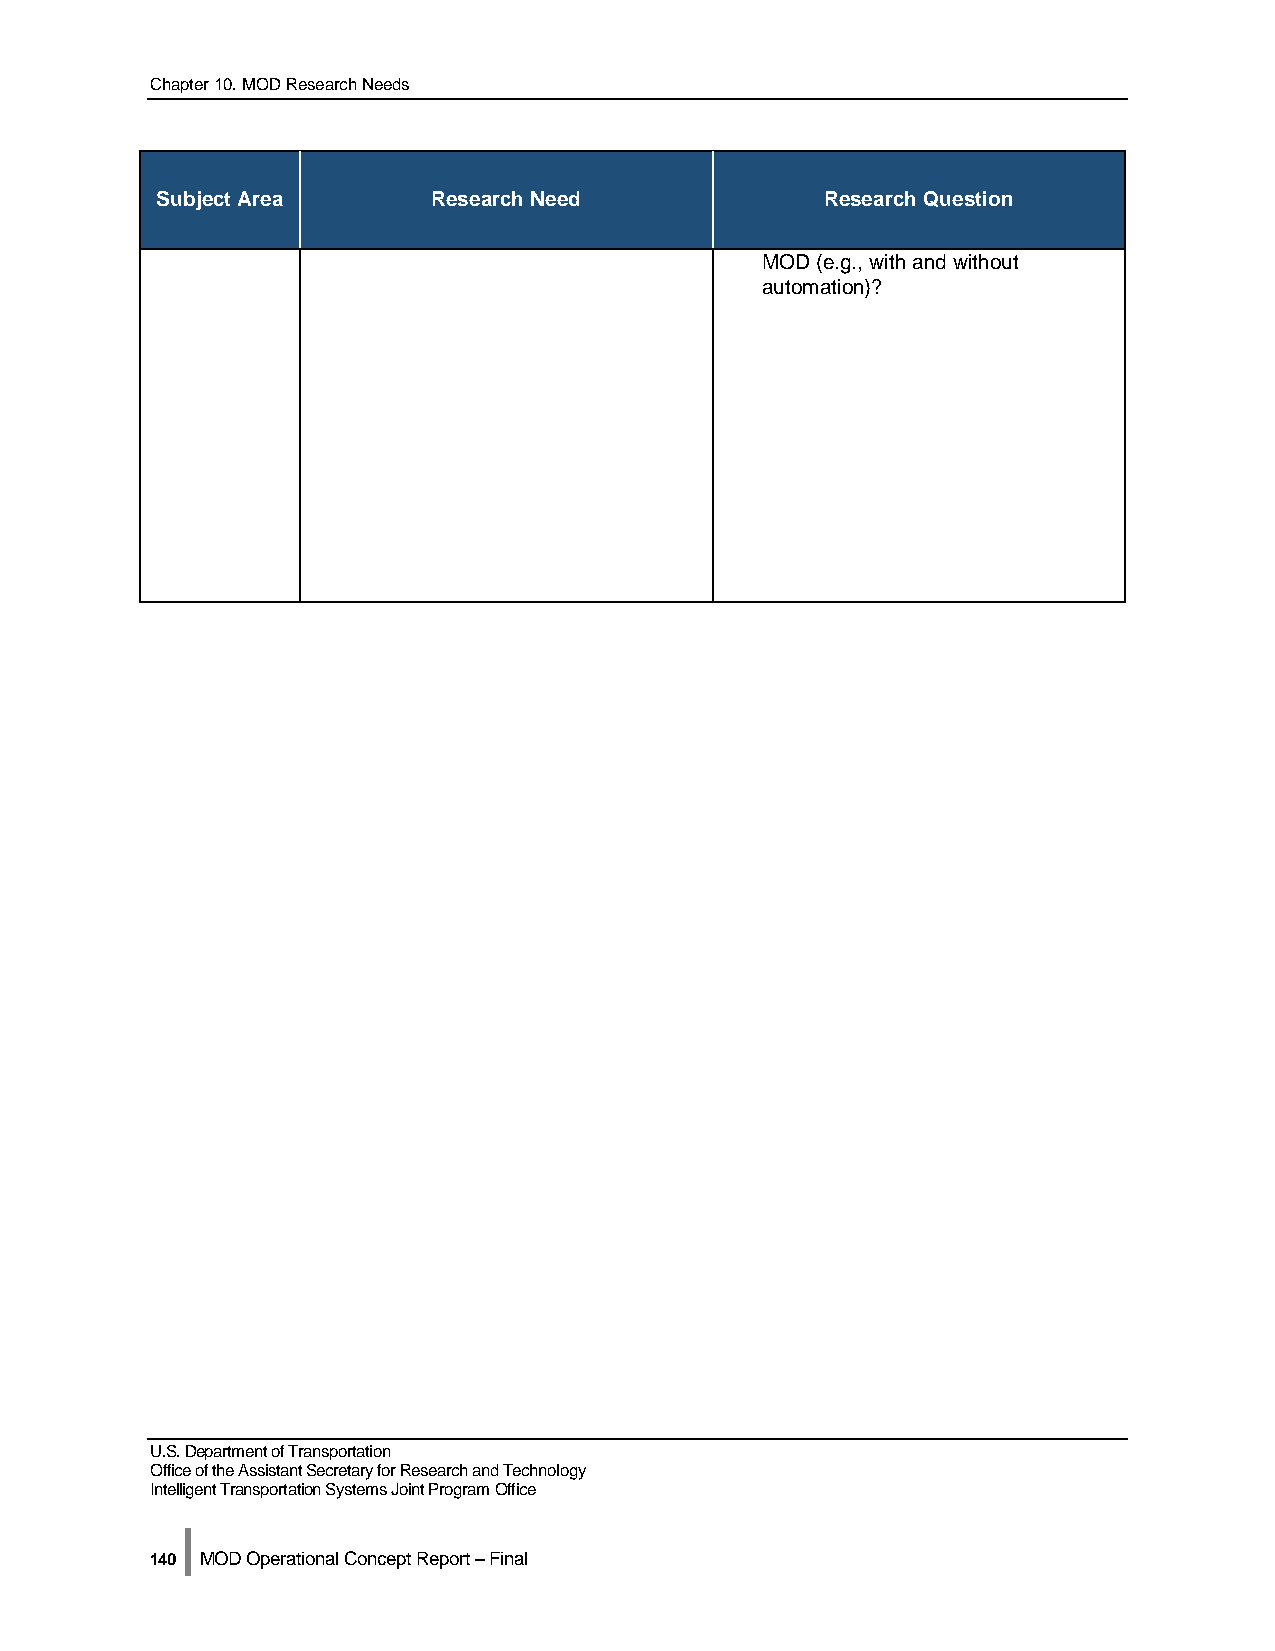
Chapter 10. MOD Research Needs
 Subject Area       Research Need             Research Question
 MOD (e.g., with and without
 automation)?
 U.S. Department of Transportation
 Office of the Assistant Secretary for Research and Technology
 Intelligent Transportation Systems Joint Program Office
 |
 140 MOD Operational Concept Report – Final